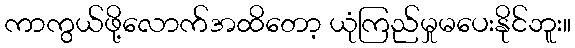
ကာကွယ်ဖို့လောက်အထိတော့ ယုံကြည်မှုမပေးနိုင်ဘူး။